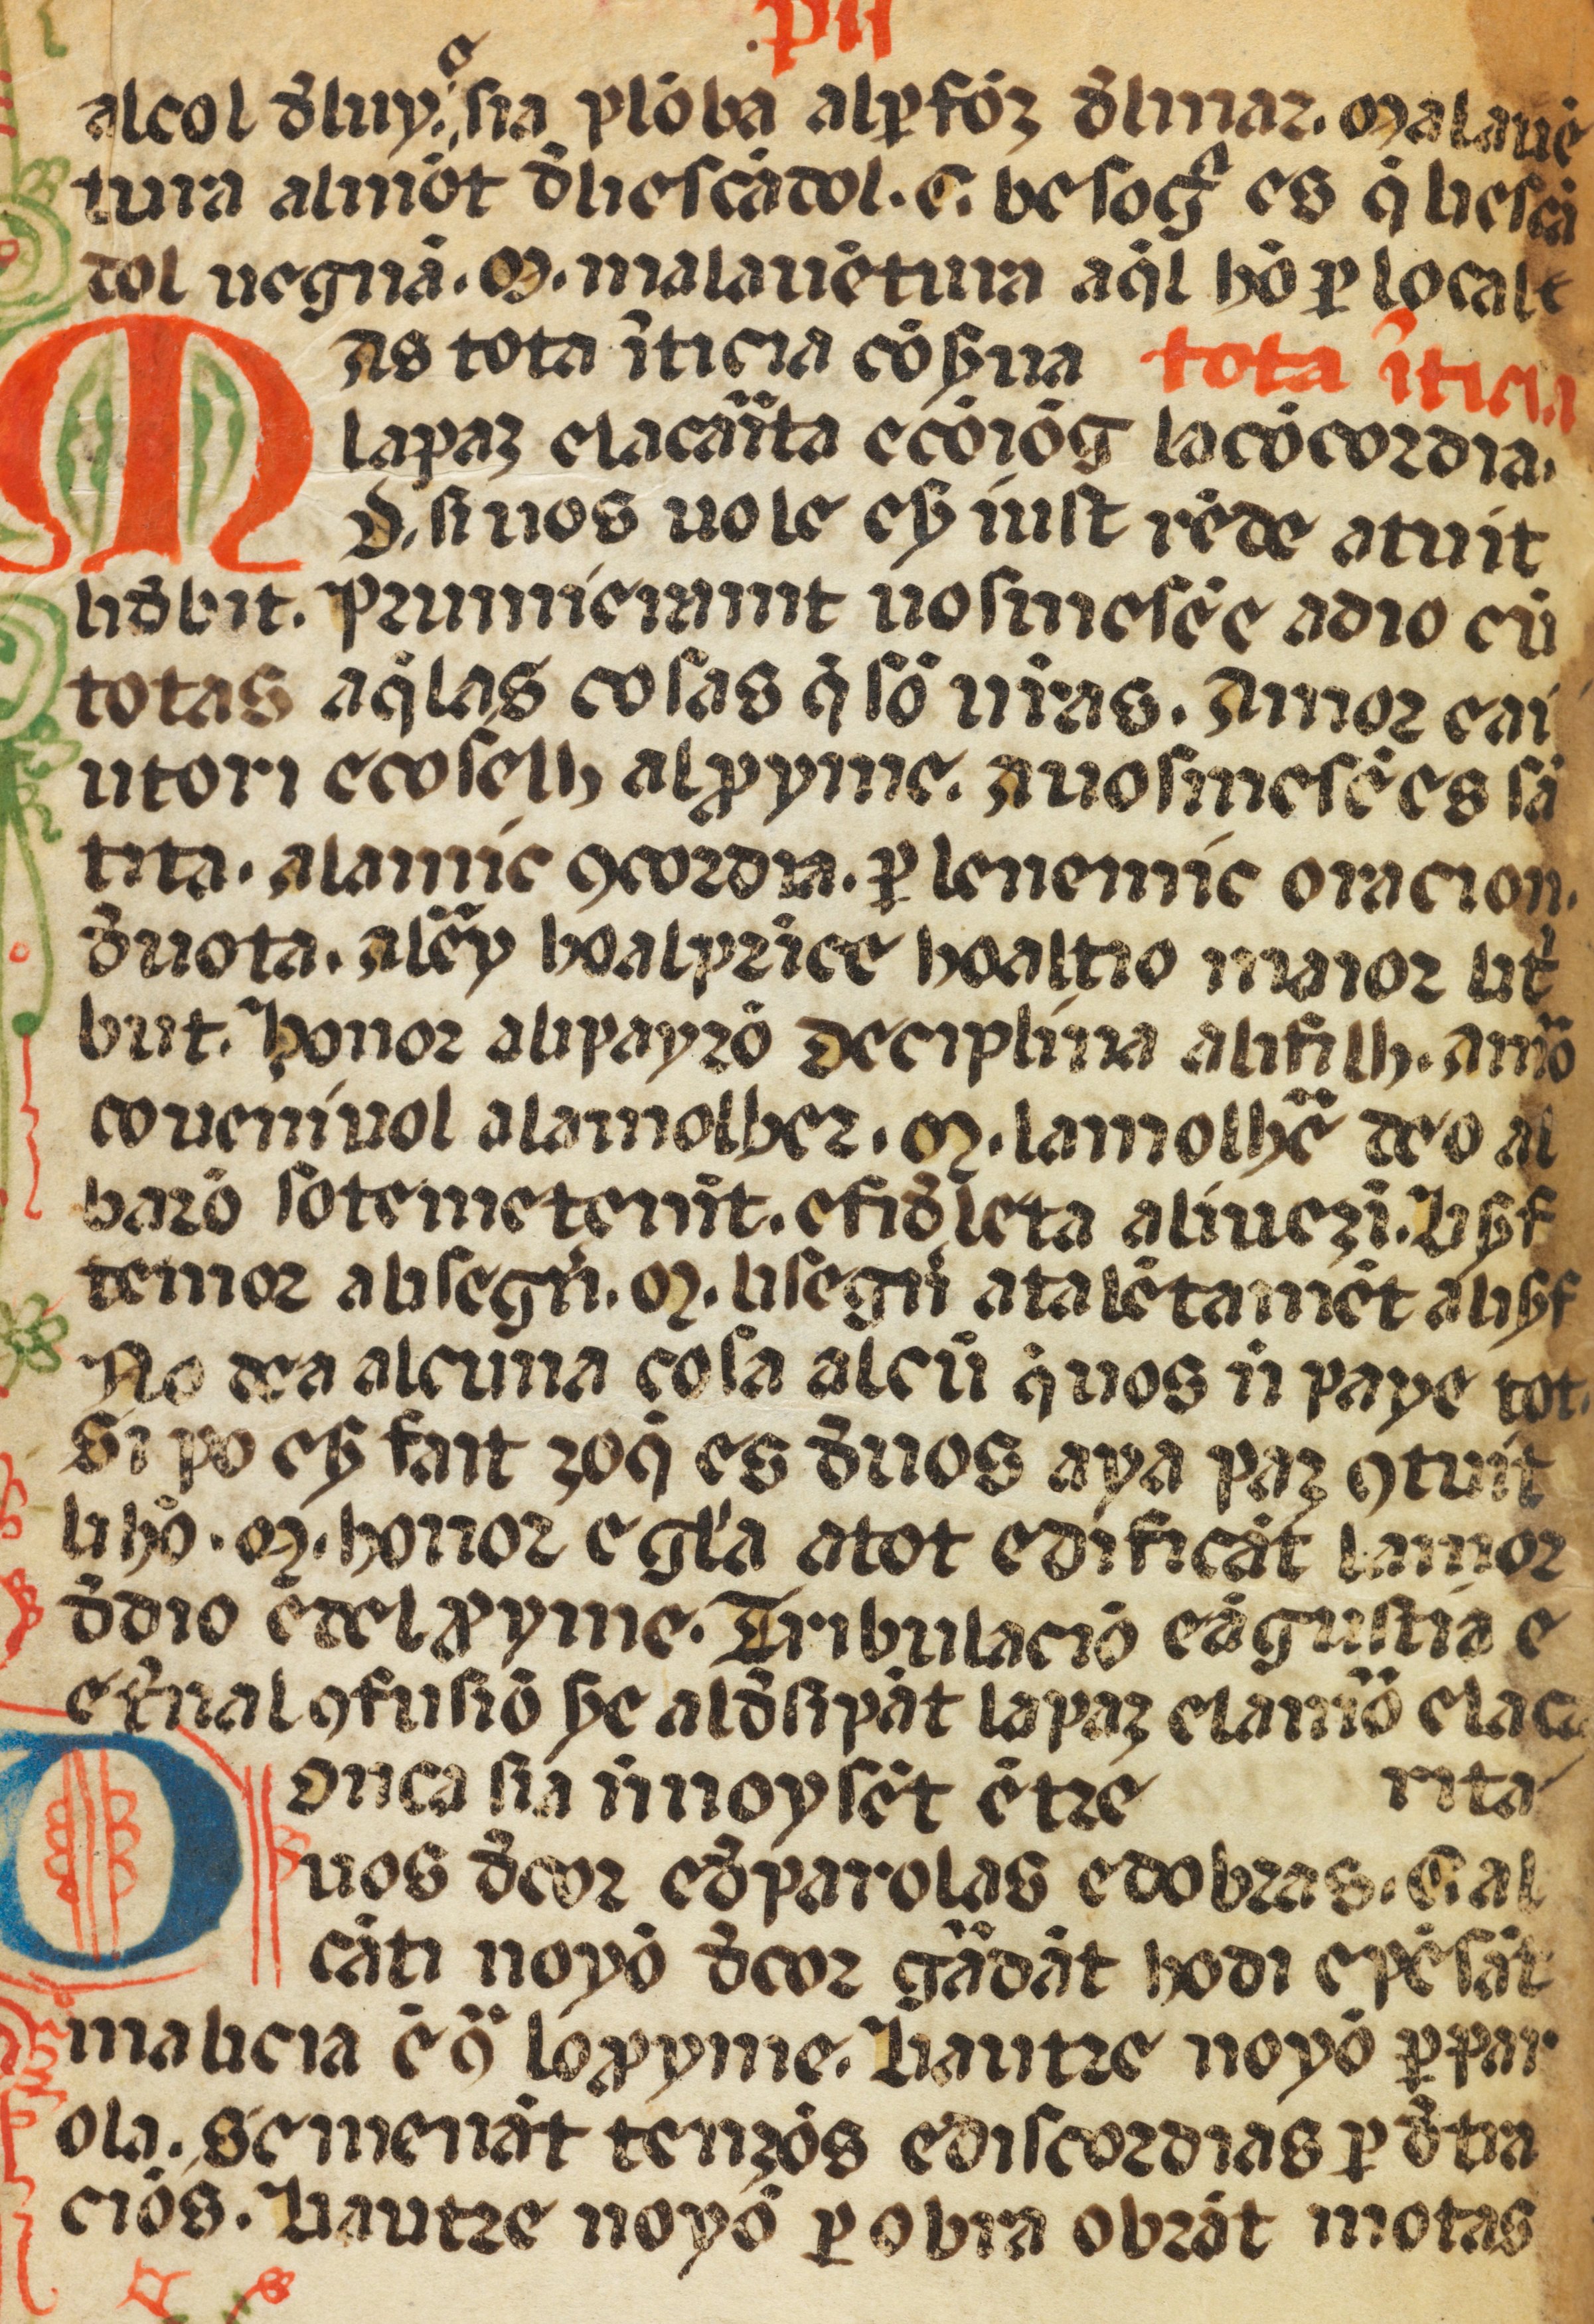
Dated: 1400–1499